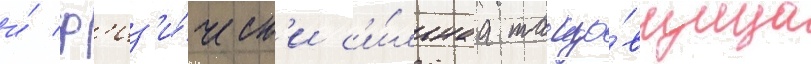
и́ ф'из'и́ческ'и с'и́льнаа танцо́вщица